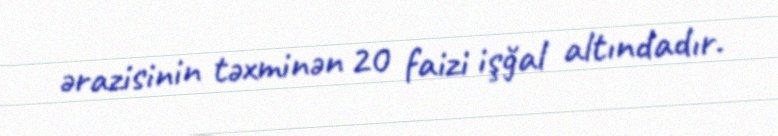
ərazisinin təxminən 20 faizi işğal altındadır.